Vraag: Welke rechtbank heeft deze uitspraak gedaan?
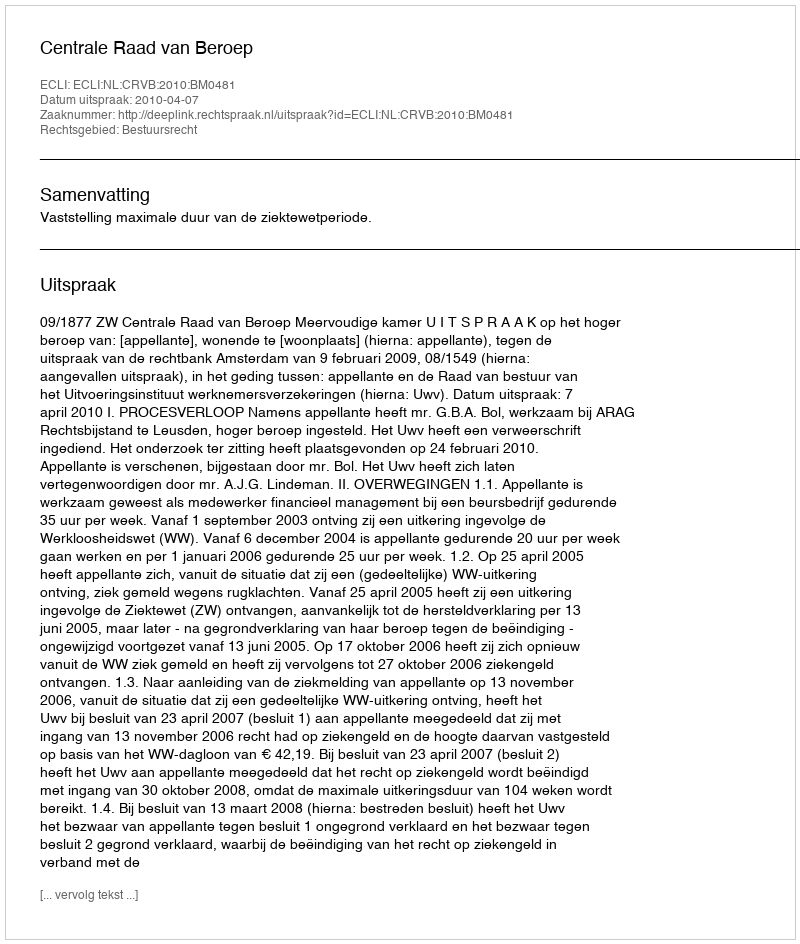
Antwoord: Centrale Raad van Beroep